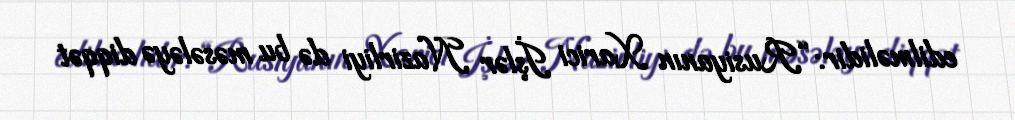
edilməlidir: “Rusiyanın Xarici İşlər Nazirliyi də bu məsələyə diqqət